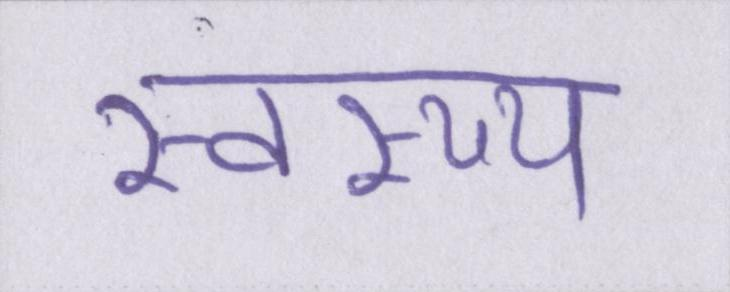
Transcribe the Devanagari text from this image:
स्वस्थ्य